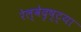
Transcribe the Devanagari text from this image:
रेल्वेदृष्ट्या